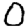
Digit: 0